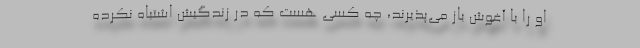
او را با آغوش باز می‌پذیرند، چه کسی هست که در زندگیش اشتباه نکرده